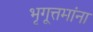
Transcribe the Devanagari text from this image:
भृगूत्तमांना